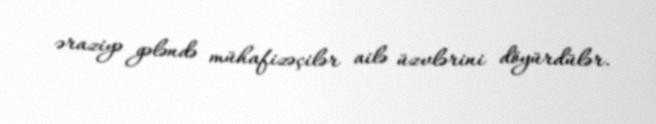
əraziyə gələndə mühafizəçilər ailə üzvlərini döyürdülər.